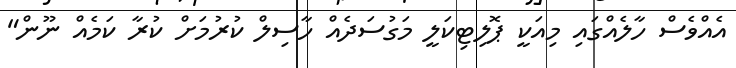
އެއްވެސް ހާލެއްގައި މިއަކީ ޕޮލިޓިކަލީ މަގުސަދެއް ހާސިލް ކުރުމަށް ކުރާ ކަމެއް ނޫން"